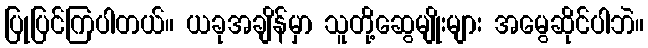
ပြုပြင်ကြပါတယ်။ ယခုအချိန်မှာ သူတို့ဆွေမျိုးများ အမွေဆိုင်ပါဘဲ။